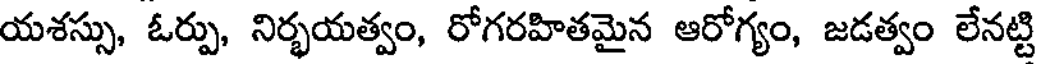
యశస్సు, ఓర్పు, నిర్భయత్వం, రోగరహితమైన ఆరోగ్యం, జడత్వం లేనట్టి